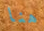
هنا